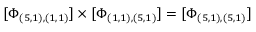
\lbrack \Phi _ { ( 5 , 1 ) , ( 1 , 1 ) } ] \times [ \Phi _ { ( 1 , 1 ) , ( 5 , 1 ) } ] = [ \Phi _ { ( 5 , 1 ) , ( 5 , 1 ) } ]